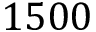
1 5 0 0